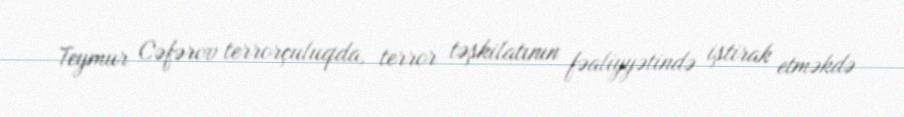
Teymur Cəfərov terrorçuluqda, terror təşkilatının fəaliyyətində iştirak etməkdə